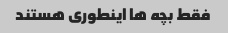
فقط بچه ها اینطوری هستند